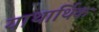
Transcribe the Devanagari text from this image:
याथार्थिक